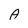
Character: A